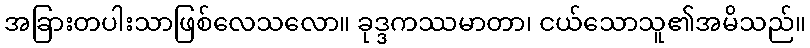
အခြားတပါးသာဖြစ်လေသလော။ ခုဒ္ဒကဿမာတာ၊ ငယ်သောသူ၏အမိသည်။